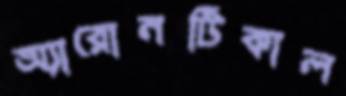
অ্যারোনটিকাল